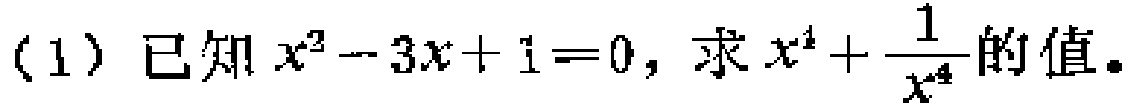
(1) 已知$x^{2}-3x + 1 = 0$，求$x^{4}+\frac{1}{x^{4}}$的值。